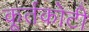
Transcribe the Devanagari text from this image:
कूर्तकोटी